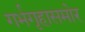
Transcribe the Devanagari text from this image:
गर्भगृहासमोर